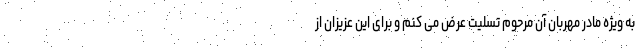
به ویژه مادر مهربان آن مرحوم تسلیت عرض می کنم و برای این عزیزان از